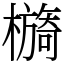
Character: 檹